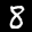
Label: 8